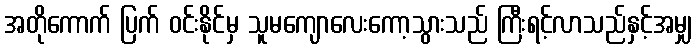
အတိုကောက် ပြက် ဝင်းနိုင်မှ သူမကျောလေးကော့သွားသည် ကြီးရင့်လာသည်နှင့်အမျှ